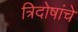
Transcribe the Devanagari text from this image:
त्रिदोषांचे